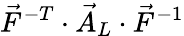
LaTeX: \vec{F}^{-T}\cdot\vec{A}_{L}\cdot\vec{F}^{-1}